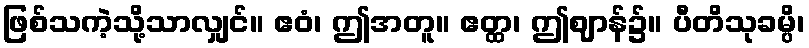
ဖြစ်သကဲ့သို့သာလျှင်။ ဧဝံ၊ ဤအတူ။ ဧတ္ထ၊ ဤဈာန်၌။ ပီတိသုခမ္ပိ၊